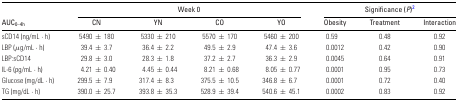
<table><thead><tr><td></td><td colspan="4"><b>Week 0</b></td><td colspan="3"><b>Significance (<i>P</i>)<sup>2</sup></b></td></tr><tr><td><b>AUC<sub>0–4h</sub></b></td><td><b>CN</b></td><td><b>YN</b></td><td><b>CO</b></td><td><b>YO</b></td><td><b>Obesity</b></td><td><b>Treatment</b></td><td><b>Interaction</b></td></tr></thead><tbody><tr><td>sCD14 (ng/mL · h)</td><td>5490 ± 180</td><td>5330 ± 210</td><td>5570 ± 170</td><td>5460 ± 200</td><td>0.59</td><td>0.48</td><td>0.92</td></tr><tr><td>LBP (μg/mL · h)</td><td>39.4 ± 3.7</td><td>36.4 ± 2.2</td><td>49.5 ± 2.9</td><td>47.4 ± 3.6</td><td>0.0012</td><td>0.42</td><td>0.90</td></tr><tr><td>LBP:sCD14</td><td>29.8 ± 3.0</td><td>28.3 ± 1.8</td><td>37.2 ± 2.7</td><td>36.3 ± 2.9</td><td>0.0045</td><td>0.64</td><td>0.91</td></tr><tr><td>IL-6 (pg/mL · h)</td><td>4.21 ± 0.40</td><td>4.45 ± 0.44</td><td>8.21 ± 0.68</td><td>8.05 ± 0.77</td><td>0.0001</td><td>0.95</td><td>0.73</td></tr><tr><td>Glucose (mg/dL · h)</td><td>299.5 ± 7.9</td><td>317.4 ± 8.3</td><td>375.5 ± 10.5</td><td>346.8 ± 6.7</td><td>0.0001</td><td>0.72</td><td>0.40</td></tr><tr><td>TG (mg/dL · h)</td><td>390.0 ± 25.7</td><td>393.8 ± 35.3</td><td>528.9 ± 39.4</td><td>540.6 ± 45.1</td><td>0.0002</td><td>0.83</td><td>0.92</td></tr></tbody></table>